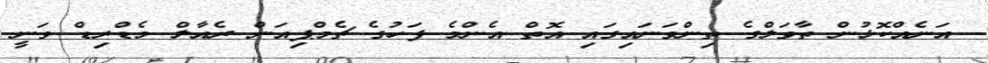
އަނެއްކޮޅުން ތާވަލްގެ ތިންވަނައިގައި އޮތް އެންމެ ފަހުގެ ޗެމްޕިއަން ރެއާލް މެޑްރިޑް ވަނީ